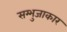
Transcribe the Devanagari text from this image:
सम्भुजाकार